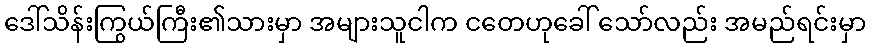
ဒေါ်သိန်းကြွယ်ကြီး၏သားမှာ အများသူငါက ငတေဟုခေါ် သော်လည်း အမည်ရင်းမှာ